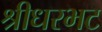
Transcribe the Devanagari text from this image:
श्रीधरभट